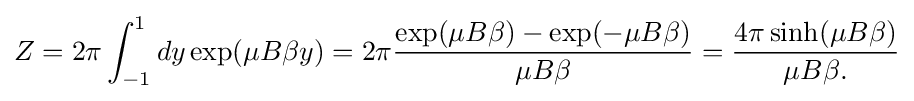
Z=2\pi \int _{-1}^{1}dy\exp(\mu B\beta y)=2\pi {\exp(\mu B\beta )-\exp(-\mu B\beta ) \over \mu B\beta }={4\pi \sinh(\mu B\beta ) \over \mu B\beta .}